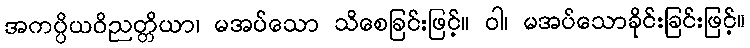
အကပ္ပိယဝိညတ္တိယာ၊ မအပ်သော သိစေခြင်းဖြင့်။ ဝါ၊ မအပ်သောခိုင်းခြင်းဖြင့်။